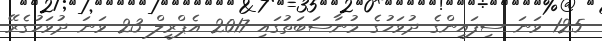
125 ވަނަ ސިފައިންގެ ދުވަހުގެ މުނާސަބަތުގައި 2017 އެޕްރީލް 23 ވަނަ ދުވަހުގެރޭ